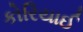
કોરિયાઈ